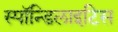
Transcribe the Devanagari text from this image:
स्पॉन्डिलाइटिस